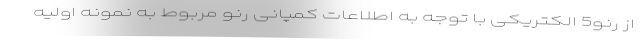
از رنو5 الکتریکی با توجه به اطلاعات کمپانی رنو مربوط به نمونه اولیه